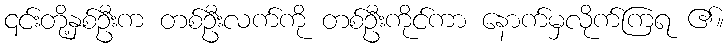
၎င်းတို့နှစ်ဦးက တစ်ဦးလက်ကို တစ်ဦးကိုင်ကာ နောက်မှလိုက်ကြရ ၏။